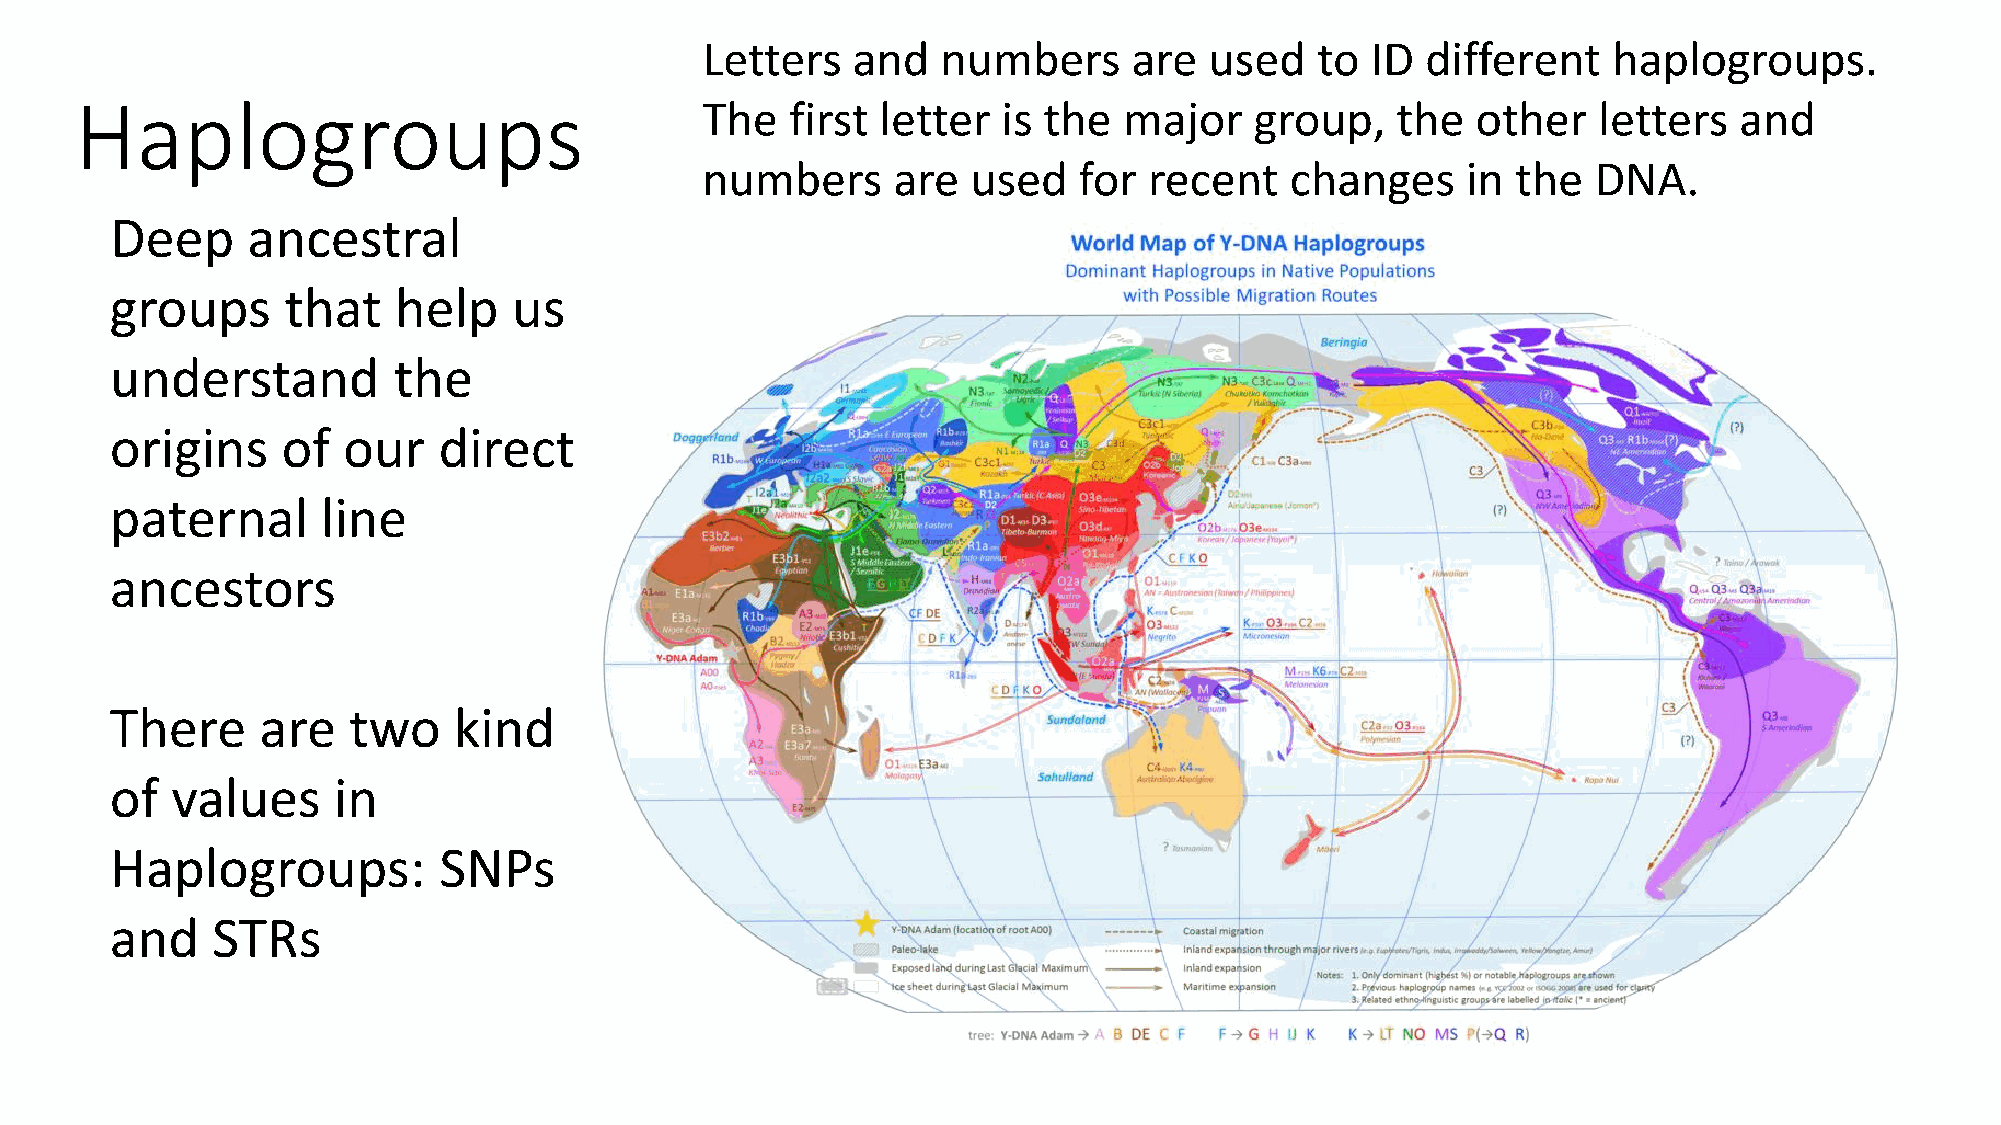
Letters   and   numbers      are  used   to  ID different    haplogroups.
 Haplogroups                              The   first letter  is the  major    group,   the   other   letters  and
 numbers      are  used   for  recent   changes     in the   DNA.
 Deep     ancestral
 groups      that   help    us
 understand         the
 origins     of  our   direct
 paternal      line
 ancestors
 There     are   two    kind
 of  values     in
 Haplogroups:          SNPs
 and    STRs